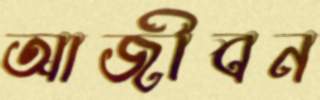
আজীবন